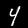
Digit: 4